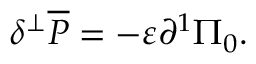
\delta ^ { \bot } \overline { { { \cal P } } } = - \varepsilon { \partial ^ { 1 } } \Pi _ { 0 } .